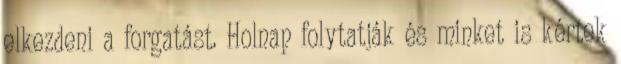
elkezdeni a forgatást. Holnap folytatják és minket is kértek